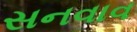
સનવાવ